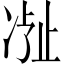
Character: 𬅽